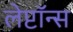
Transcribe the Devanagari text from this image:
लेप्टॉन्स